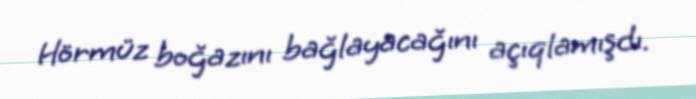
Hörmüz boğazını bağlayacağını açıqlamışdı.